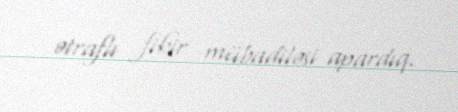
ətraflı fikir mübadiləsi apardıq.